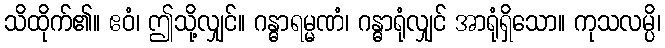
သိထိုက်၏။ ဧဝံ၊ ဤသို့လျှင်။ ဂန္ဓာရမ္မဏံ၊ ဂန္ဓာရုံလျှင် အာရုံရှိသော။ ကုသလမ္ပိ၊